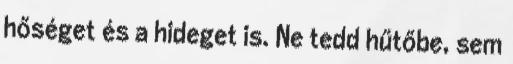
hőséget és a hideget is. Ne tedd hűtőbe, sem